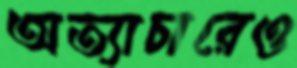
অত্যাচারেও